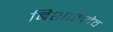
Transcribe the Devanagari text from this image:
बिशालदेव